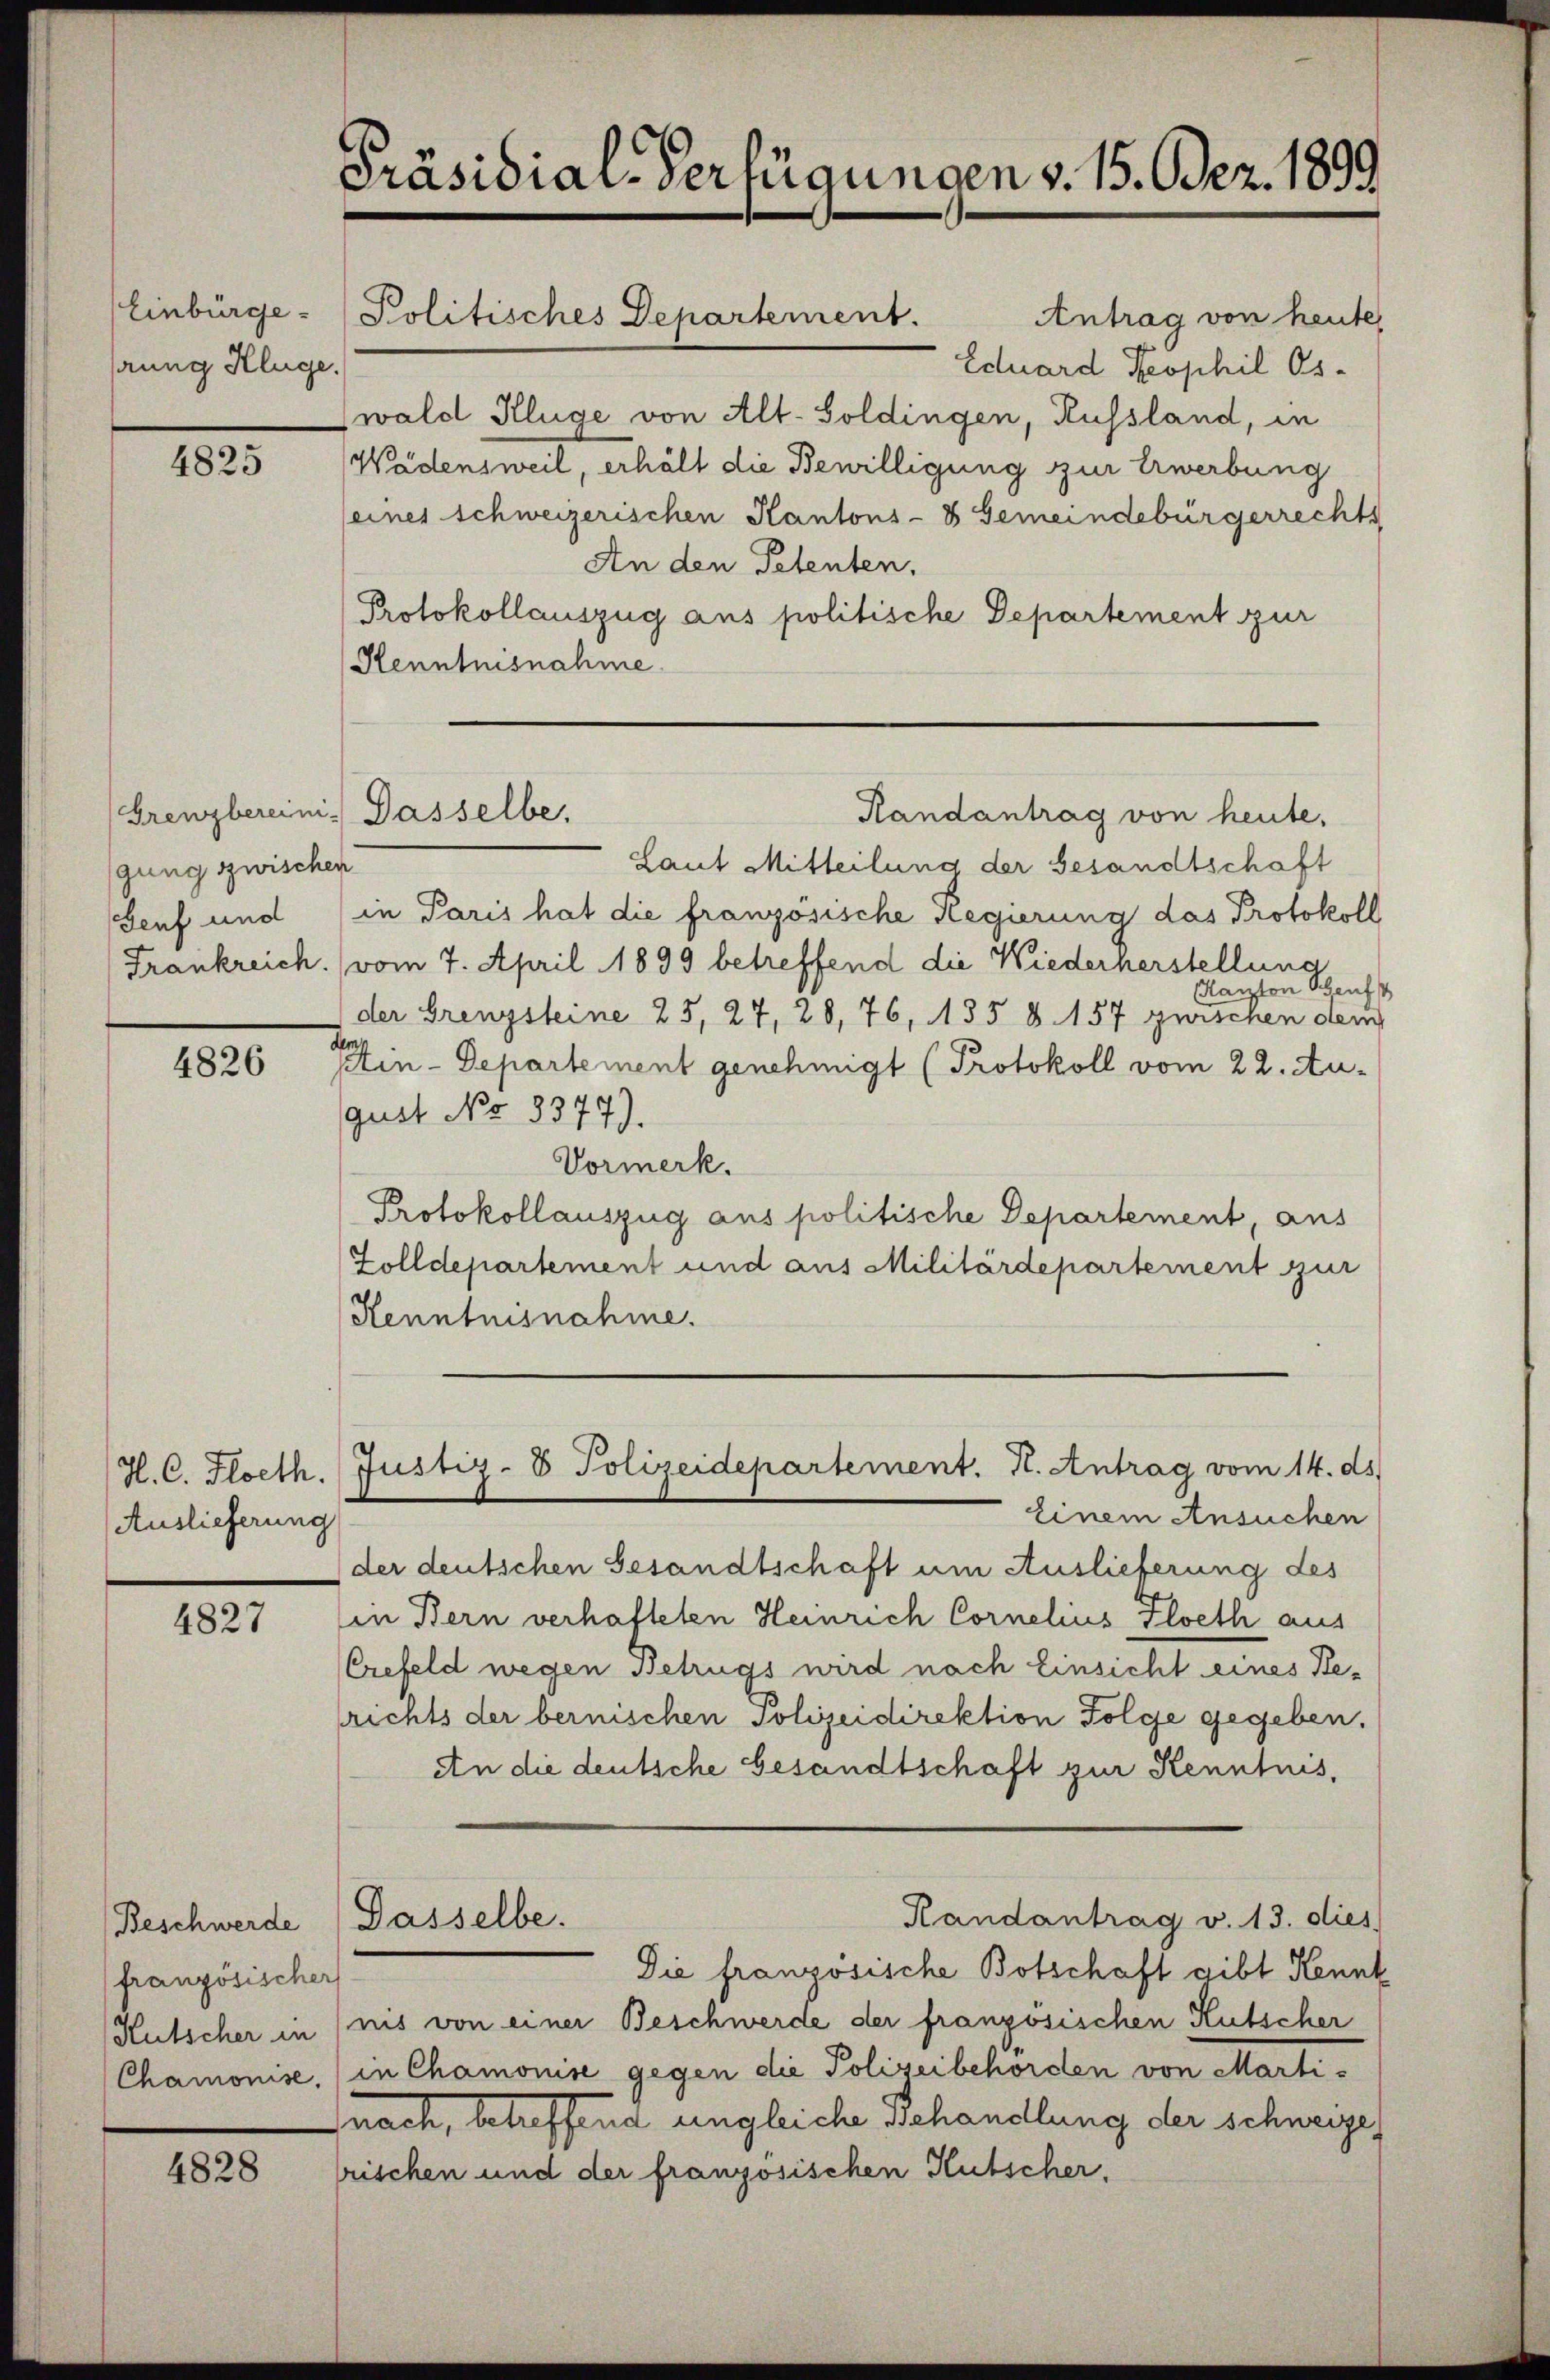
Einbürge
snng Kluge.

4825

4826

H. C. Floeth.
Auslieferung

4827

Beschwerde
französischer
Chamonise.

4828

Präsidial-Verfügungen v. 15. Dez. 1899

Grenzbereini. Dasselbe,
gung zwischen

Antrag von heute,
Eduard Keophil Os-
(wald Kluge von Alt-Soldingen, Russland, in
Wädensweil, erhält die Bewilligung zur Erwerbung
seines schweizerischen Kantons- & Gemeindebürgerrechts
An den Petenten,
Protokollauszug aus politische Departement zur
Henntnisnahme
Laut Mitteilung der Gesandtschaft
Senf und (in Paris hat die französische Regierung das Protokoll
Frankreich. (vom 7. April 1899 betreffend die Wiederherstellung
Kanton Seuf
der Grenzsteine 25, 27, 28, 76, 135 8. 157 guischen dem
in-Departement genehmigt (Protokoll vom 22. August No 8377).
Vormerk.
Protokollauszug aus politische Departement, aus
Zolldepartement und aus Militärdepartement zur
Kenntnisnahme.
Justiz- 8 Polizeidepartement. H. Antrag vom 14. ds.
einem Ansuchen
der deutschen Gesandtschaft um Auslieferung des
in Bern verhafteten Heinrich Cornelius Floeth aus
Crefeld wegen Betrugs wird nach Einsicht eines Berichts der bernischen Polizeidirektion Folge gegeben.
An die deutsche Gesandtschaft zur Kenntnis,
Randantrag v. 13. dies
Gasselbe.
Die französische Botschaft gibt Kennt
Kutscher in (nis von einer Beschwerde der französischen Kutscher
in Chamonise gegen die Polizeibehörden von Martifnach, betreffend ungleiche Behandlung der schweize
rischen und der französischen Hutscher.

Politisches Departement.

Randantrag von heute,